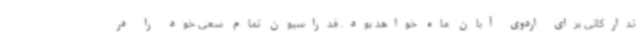
تدارکاتی برای اردوی آبان ماه خواهد بود. فدراسیون تمام سعی خود را در